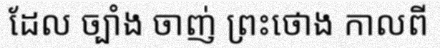
ដែល ច្បាំង ចាញ់ ព្រះថោង កាលពី